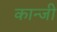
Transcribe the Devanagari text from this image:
कान्जी